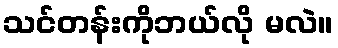
သင်တန်းကိုဘယ်လို မလဲ။